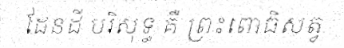
ដែនដី បរិសុទ្ធ គឺ ព្រះពោធិសត្វ